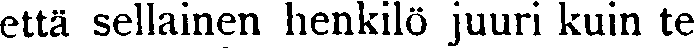
että sellainen henkilö juuri kuin te